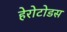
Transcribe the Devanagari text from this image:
हेरोटोडस